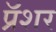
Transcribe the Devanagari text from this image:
प्रॅशर